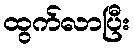
ထွက်လာပြီး